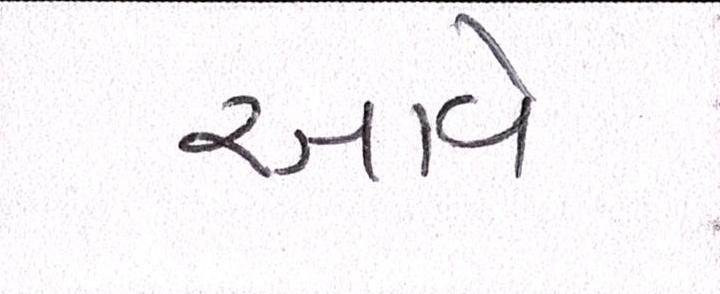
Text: આવે